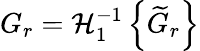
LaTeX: G_{r}=\mathcal{H}_{1}^{-1}\left\{ \widetilde{G}_{r}\right\}